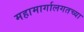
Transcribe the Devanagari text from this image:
महामार्गालगतच्या